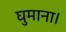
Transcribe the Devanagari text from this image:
घुमाना।